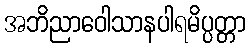
အဘိညာဝေါသာနပါရမိပ္ပတ္တာ